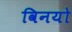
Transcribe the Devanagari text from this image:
विनयो